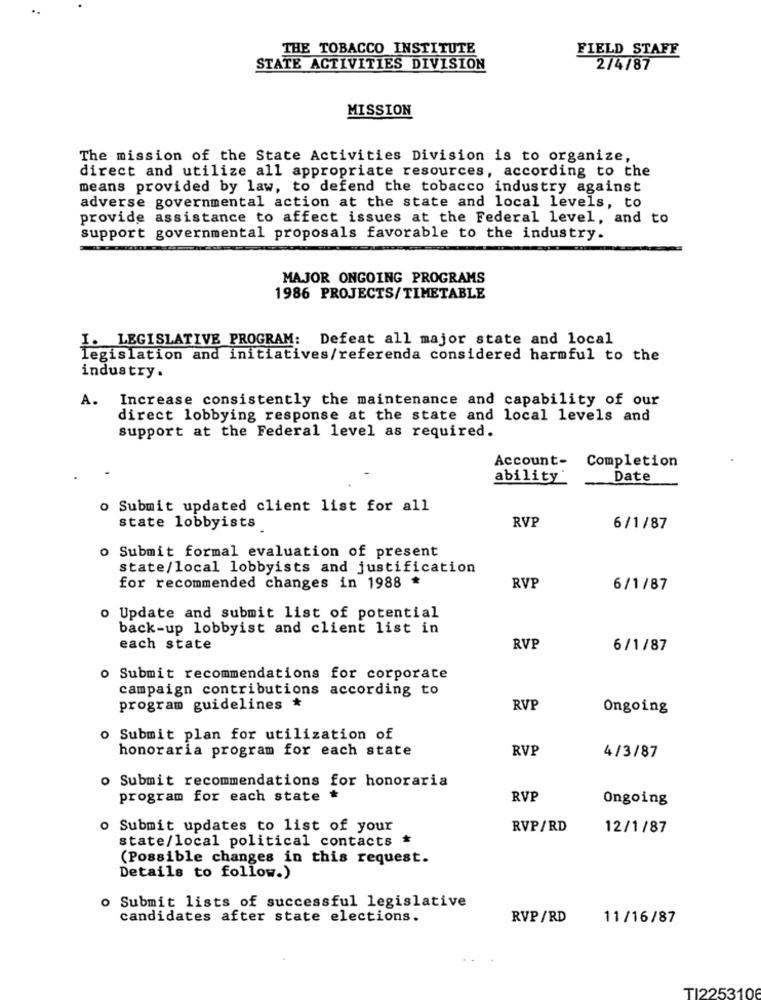
THE TOBACCO INSTITUTE
FIELD STAFF
STATE ACTIVITIES DIVISION
2/4/87
MISSION
The mission of the State Activities Division is to organize,
direct and utilize all appropriate resources, according to the
means provided by law, to defend the tobacco industry against
adverse governmental action at the state and local levels, to
provide assistance to affect issues at the Federal level, and to
support governmental proposals favorable to the industry.
MAJOR ONGOING PROGRAMS
1986 PROJECTS/TIMETABLE
I. LEGISLATIVE PROGRAM: Defeat all major state and local
legislation and initiatives/referenda considered harmful to the
industry.
Increase consistently the maintenance and capability of our
A.
direct lobbying response at the state and local levels and
support at the Federal level as required.
Account- Completion
ability"
Date
o Submit updated client list for all
RVP
state lobbyists
6/1/87
Submit formal evaluation of present
state/local lobbyists and justification
for recommended changes in 1988 *
RVP
6/1/87
o Update and submit list of potential
back-up lobbyist and client list in
each state
RVP
6/1/87
o Submit recommendations for corporate
campaign contributions according to
program guidelines *
RVP
Ongoing
o Submit plan for utilization of
honoraria program for each state
RVP
4/3/87
o Submit recommendations for honoraria
program for each state *
RVP
Ongoing
o Submit updates to list of your
RVP/RD
12/1/87
state/local political contacts *
(Possible changes in this request.
Details to follow.)
o Submit lists of successful legislative
candidates after state elections.
RVP/RD
11/16/87
TI225310